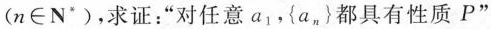
(n∈N^{*})，求证：”对任意a_{1}，{a_{n}}都具有性质P”